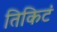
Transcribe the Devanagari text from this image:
तिकिटं